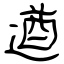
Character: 遒